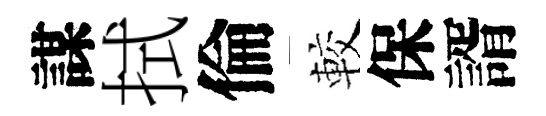
謀拭倫較保諝